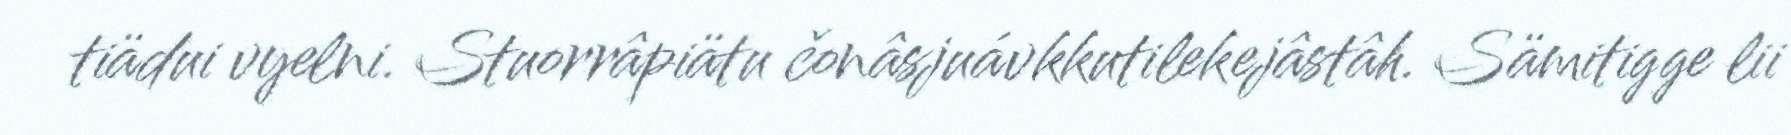
tiädui vyelni. Stuorrâpiätu čonâsjuávkkutilekejâstâh. Sämitigge lii